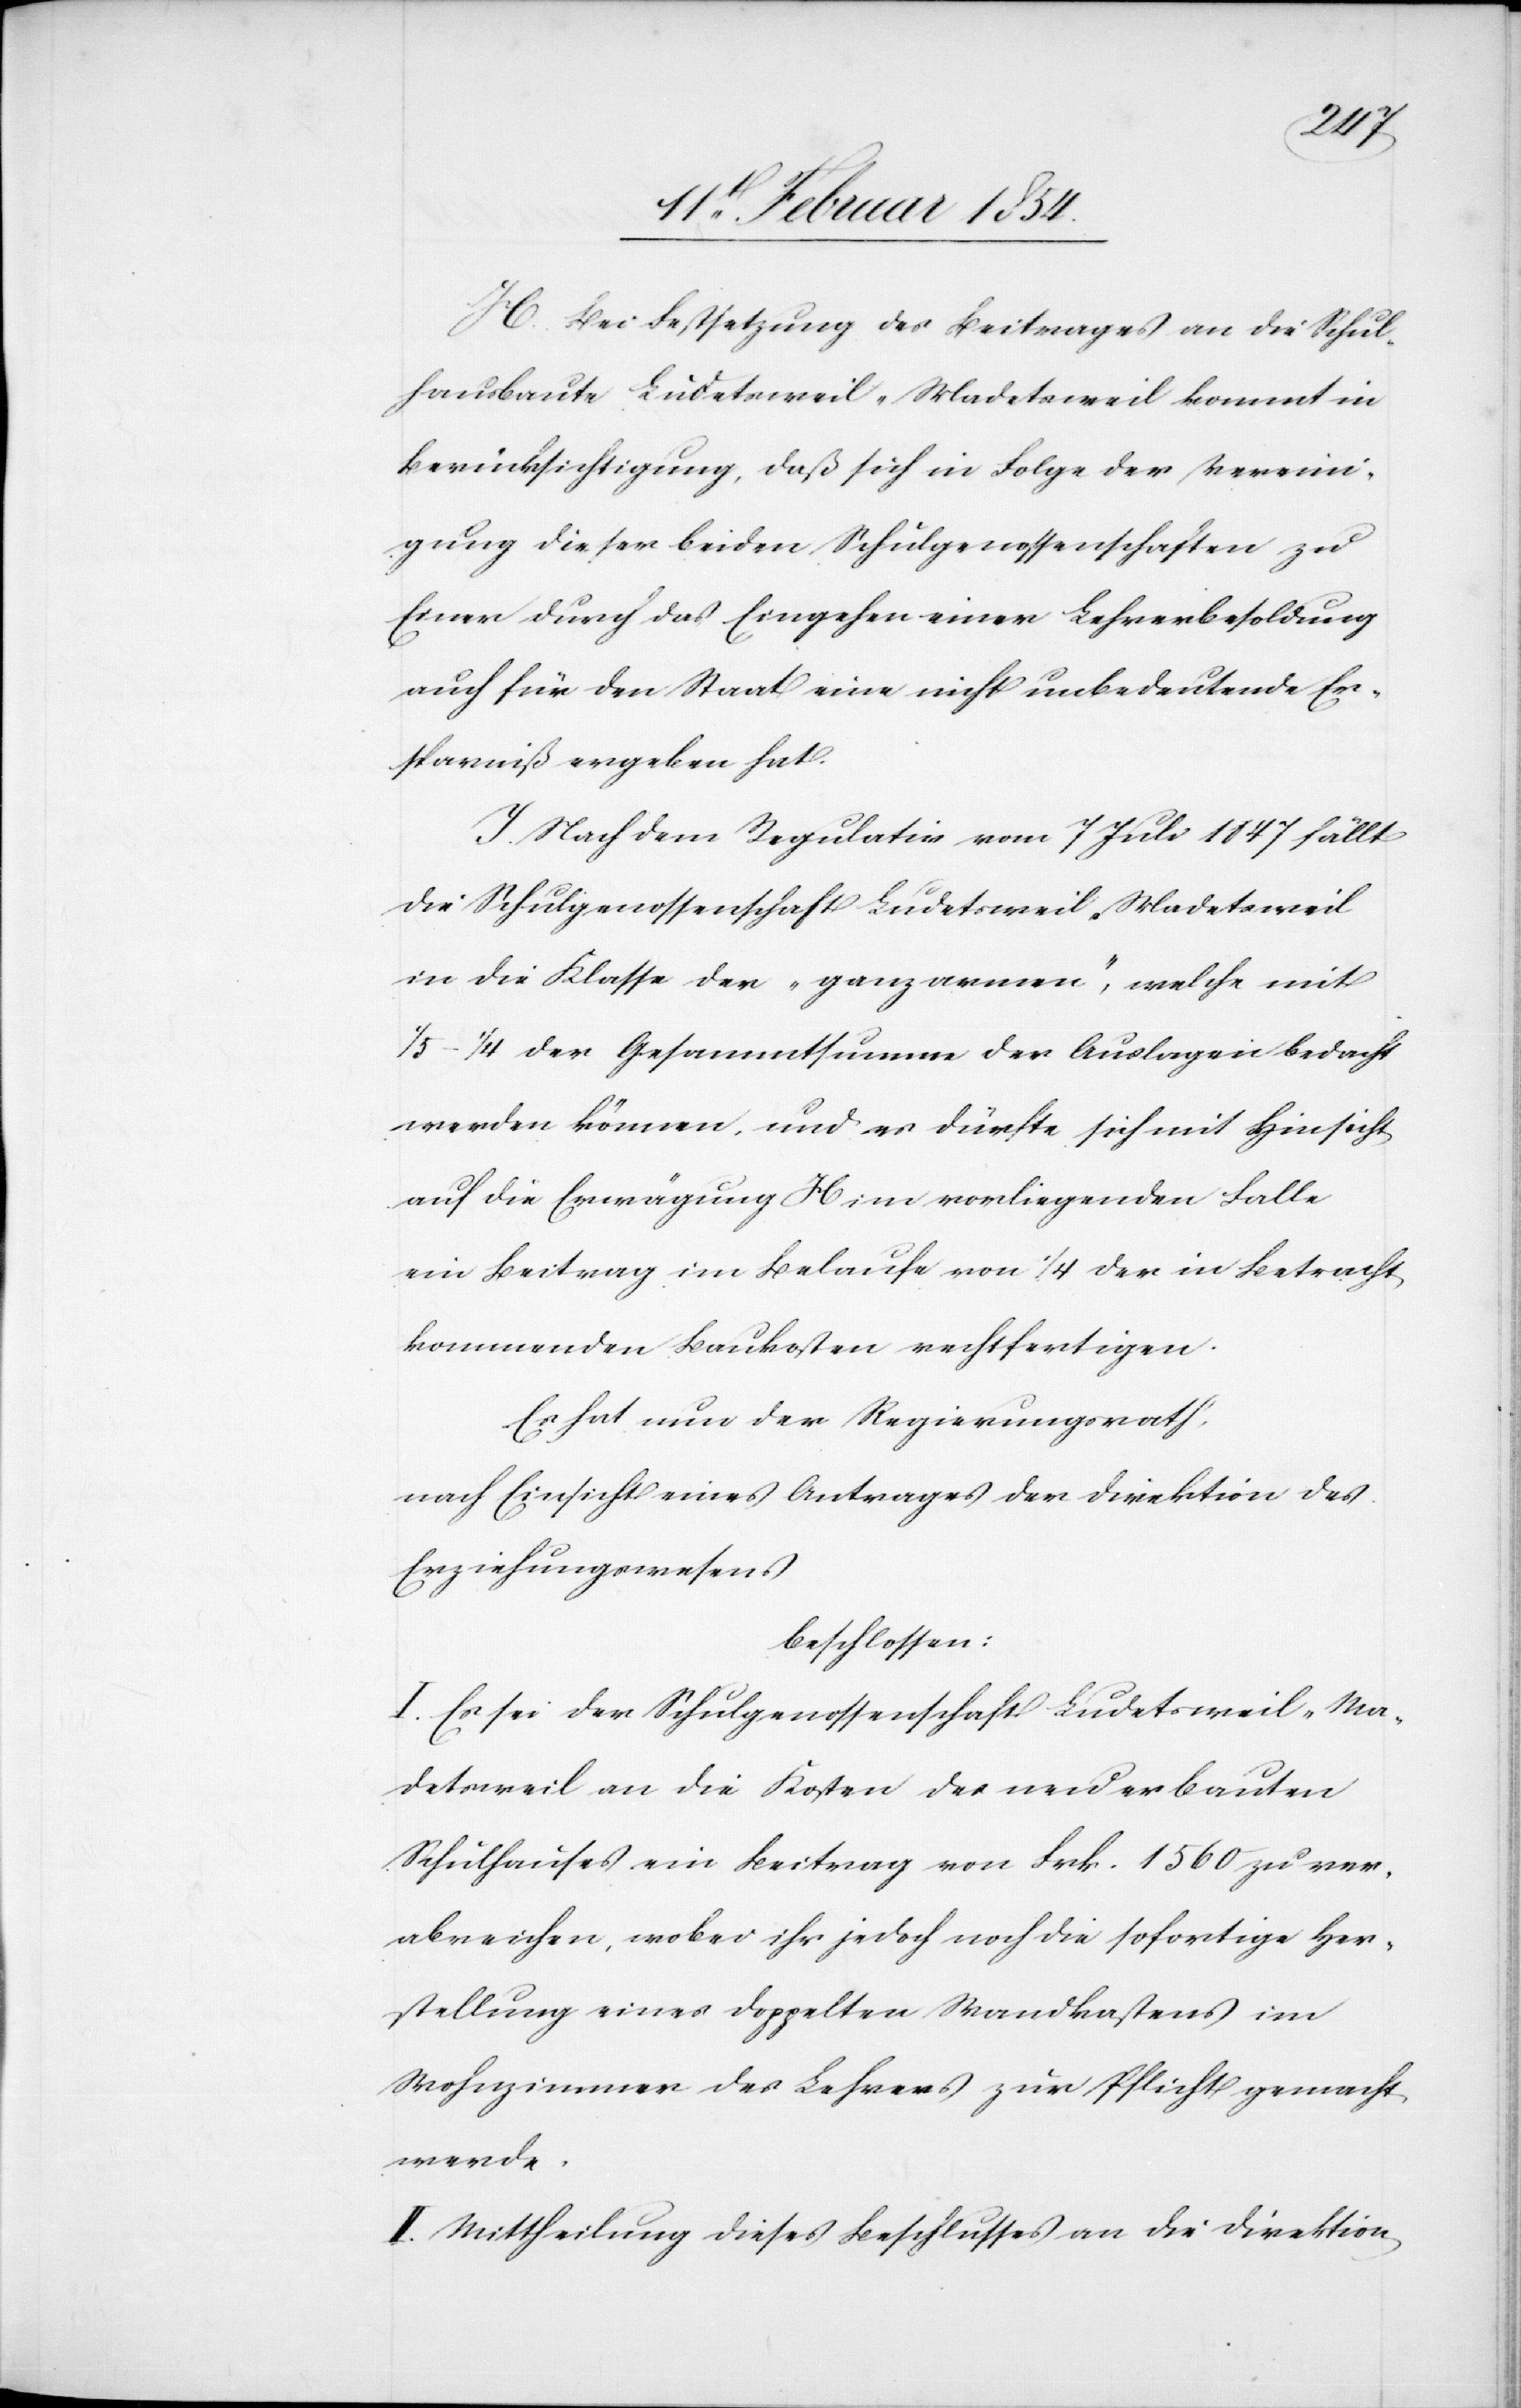
H. Die Festsetzung des Beitrages an die Schul¬
hausbaute Ludetsweil-Madetsweil kommt in
Berücksichtigung, daß sich in Folge der Vereini¬
gung dieser beiden Schulgenossenschaften zu
Einer durch das Eingehen einer Lehrerbesoldung
auch für den Staat eine nicht unbedeutende Er¬
sparniß ergeben hat.
I. Nach dem Regulativ vom 7 Juli 1847 fällt
die Schulgenossenschaft Ludetsweil-Madetsweil
in die Klasse der „ganz armen“, welche mit
1/5–1/4 der Gesammtsumme der Auslagen bedacht
werden können, und es dürfte sich mit Hinsicht
auf die Erwägung H im vorliegenden Falle
ein Beitrag im Belaufe von 1/4 der in Betracht
kommenden Baukosten rechtfertigen.
Es hat nun der Regierungsrath,
nach Einsicht eines Antrages der Direktion des
Erziehungswesens
beschlossen:
I. Es sei der Schulgenossenschaft Ludetsweil-Ma¬
detsweil an die Kosten des neu erbauten
Schulhauses ein Beitrag von Frk. 1560 zu ver¬
abreichen, wobei ihr jedoch noch die sofortige Her¬
stellung eines doppelten Wandkastens im
Wohnzimmer des Lehrers zur Pflicht gemacht
werde.
II. Mittheilung dieses Beschlusses an die Direktion